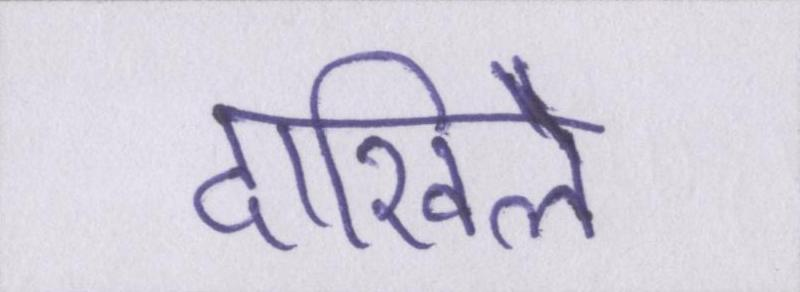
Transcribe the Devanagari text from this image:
दाखिले